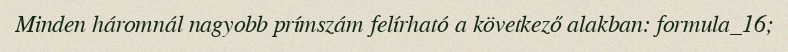
Minden háromnál nagyobb prímszám felírható a következő alakban: formula_16;